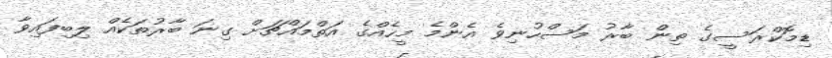
ޑިމޮކްރަސީގެ ތިން ބާރު މަސްހުނިވެ އެންމެ މީހެއްގެ އަތްމައްޗަށް ގިނަ ބާރުތަކެއް ލިބިފައިވާ